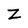
Character: Z